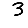
Digit: 3